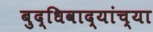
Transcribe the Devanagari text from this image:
बुद्धिवाद्यांच्या